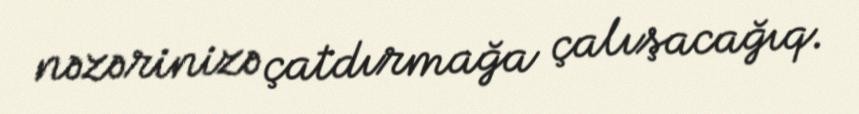
nəzərinizə çatdırmağa çalışacağıq.